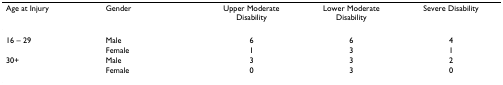
| Age at Injury | Gender | Upper Moderate Disability | Lower Moderate Disability | Severe Disability |
 | --- | --- | --- | --- | --- |
 | 16 – 29 | Male | 6 | 6 | 4 |
 |  | Female | 1 | 3 | 1 |
 | 30+ | Male | 3 | 3 | 2 |
 |  | Female | 0 | 3 | 0 |